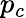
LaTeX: p_{c}